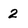
Character: 2